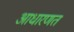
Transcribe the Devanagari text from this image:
आधारणत